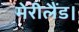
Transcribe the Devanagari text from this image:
मेरीलैंड।